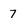
Character: 7